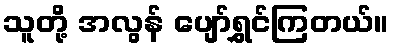
သူတို့ အလွန် ပျော်ရွှင်ကြတယ်။